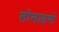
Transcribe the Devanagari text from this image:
लोलाइगो